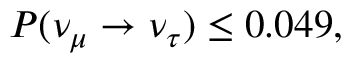
P ( \nu _ { \mu } \rightarrow \nu _ { \tau } ) \leq 0 . 0 4 9 ,